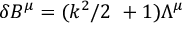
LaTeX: \delta B ^ { \mu } = ( k ^ { 2 } / 2 \, \, + 1 ) \Lambda ^ { \mu }